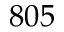
8 0 5